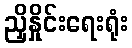
ညှိနှိုင်းရေးရုံး